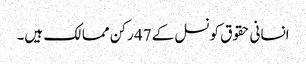
انسانی حقوق کونسل کے 47 رکن ممالک ہیں۔